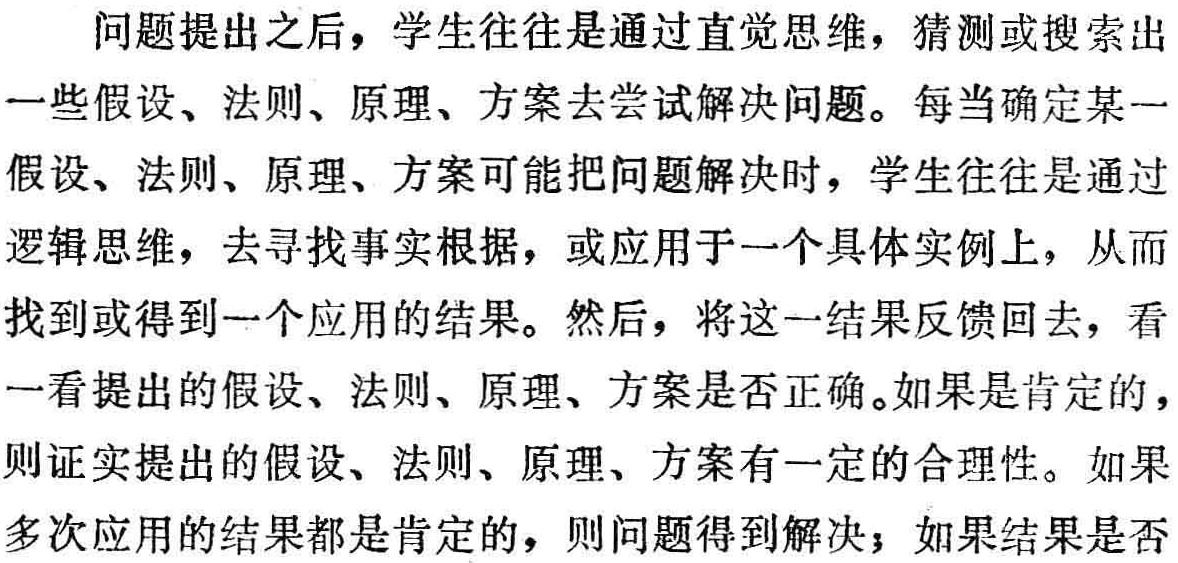
问题提出之后，学生往往是通过直觉思维，猜测或搜索出一些假设、法则、原理、方案去尝试解决问题。每当确定某一假设、法则、原理、方案可能把问题解决时，学生往往是通过逻辑思维，去寻找事实根据，或应用于一个具体实例上，从而找到或得到一个应用的结果。然后，将这一结果反馈回去，看一看提出的假设、法则、原理、方案是否正确。如果是肯定的，则证实提出的假设、法则、原理、方案有一定的合理性。如果多次应用的结果都是肯定的，则问题得到解决；如果结果是否